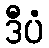
ဒီပံ